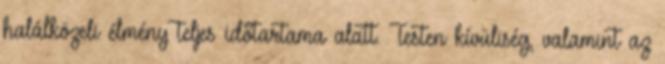
halálközeli élmény teljes időtartama alatt. Testen kívüliség, valamint az